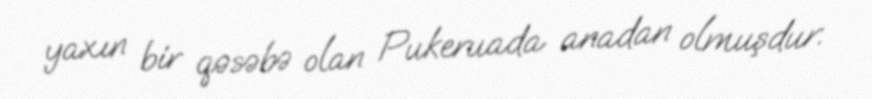
yaxın bir qəsəbə olan Pukeruada anadan olmuşdur.